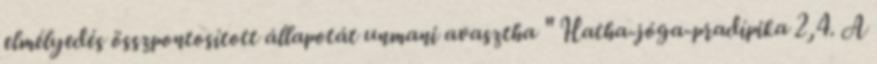
elmélyedés összpontosított állapotát unmani avasztha " Hatha-jóga-pradípika 2,4. A